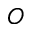
O